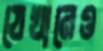
যেখানেও